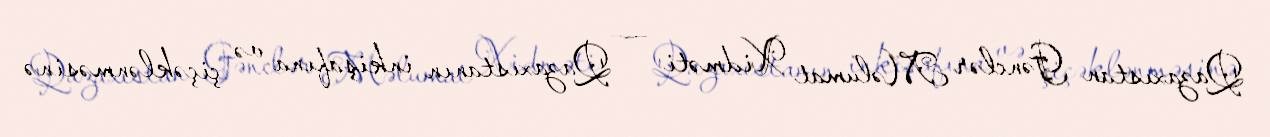
Qazaxıstan Gənclər Məlumat Xidməti — Qazaxıstanın inkişafına və çiçəklənməsinə